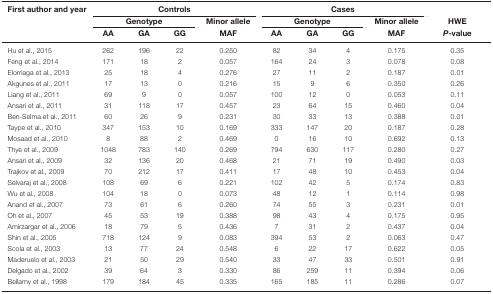
<table><thead><tr><td><b>First author and year</b></td><td colspan="4"><b>Controls</b></td><td colspan="4"><b>Cases</b></td><td></td></tr><tr><td></td><td colspan="3"><b>Genotype</b></td><td><b>Minor allele</b></td><td colspan="3"><b>Genotype</b></td><td><b>Minor allele</b></td><td><b>HWE</b></td></tr><tr><td></td><td><b>AA</b></td><td><b>GA</b></td><td><b>GG</b></td><td><b>MAF</b></td><td><b>AA</b></td><td><b>GA</b></td><td><b>GG</b></td><td><b>MAF</b></td><td><b><i>P</i>-value</b></td></tr></thead><tbody><tr><td>Hu et al., 2015</td><td>262</td><td>196</td><td>22</td><td>0.250</td><td>82</td><td>34</td><td>4</td><td>0.175</td><td>0.35</td></tr><tr><td>Feng et al., 2014</td><td>171</td><td>18</td><td>2</td><td>0.057</td><td>164</td><td>24</td><td>3</td><td>0.078</td><td>0.08</td></tr><tr><td>Elorriaga et al., 2013</td><td>25</td><td>18</td><td>4</td><td>0.276</td><td>27</td><td>11</td><td>2</td><td>0.187</td><td>0.01</td></tr><tr><td>Akgunes et al., 2011</td><td>17</td><td>13</td><td>0</td><td>0.216</td><td>15</td><td>9</td><td>6</td><td>0.350</td><td>0.26</td></tr><tr><td>Liang et al., 2011</td><td>69</td><td>9</td><td>0</td><td>0.057</td><td>100</td><td>12</td><td>0</td><td>0.053</td><td>0.11</td></tr><tr><td>Ansari et al., 2011</td><td>31</td><td>118</td><td>17</td><td>0.457</td><td>23</td><td>64</td><td>15</td><td>0.460</td><td>0.04</td></tr><tr><td>Ben-Selma et al., 2011</td><td>60</td><td>26</td><td>9</td><td>0.231</td><td>30</td><td>33</td><td>13</td><td>0.388</td><td>0.01</td></tr><tr><td>Taype et al., 2010</td><td>347</td><td>153</td><td>10</td><td>0.169</td><td>333</td><td>147</td><td>20</td><td>0.187</td><td>0.28</td></tr><tr><td>Mosaad et al., 2010</td><td>8</td><td>88</td><td>2</td><td>0.469</td><td>0</td><td>16</td><td>10</td><td>0.692</td><td>0.13</td></tr><tr><td>Thye et al., 2009</td><td>1048</td><td>783</td><td>140</td><td>0.269</td><td>794</td><td>630</td><td>117</td><td>0.280</td><td>0.27</td></tr><tr><td>Ansari et al., 2009</td><td>32</td><td>136</td><td>20</td><td>0.468</td><td>21</td><td>71</td><td>19</td><td>0.490</td><td>0.03</td></tr><tr><td>Trajkov et al., 2009</td><td>70</td><td>212</td><td>17</td><td>0.411</td><td>17</td><td>48</td><td>10</td><td>0.453</td><td>0.04</td></tr><tr><td>Selvaraj et al., 2008</td><td>108</td><td>69</td><td>6</td><td>0.221</td><td>102</td><td>42</td><td>5</td><td>0.174</td><td>0.83</td></tr><tr><td>Wu et al., 2008</td><td>104</td><td>18</td><td>0</td><td>0.073</td><td>48</td><td>12</td><td>1</td><td>0.114</td><td>0.98</td></tr><tr><td>Anand et al., 2007</td><td>73</td><td>61</td><td>6</td><td>0.260</td><td>74</td><td>55</td><td>3</td><td>0.231</td><td>0.01</td></tr><tr><td>Oh et al., 2007</td><td>45</td><td>53</td><td>19</td><td>0.388</td><td>98</td><td>43</td><td>4</td><td>0.175</td><td>0.95</td></tr><tr><td>Amirzargar et al., 2006</td><td>18</td><td>79</td><td>5</td><td>0.436</td><td>7</td><td>31</td><td>2</td><td>0.437</td><td>0.04</td></tr><tr><td>Shin et al., 2005</td><td>718</td><td>124</td><td>9</td><td>0.083</td><td>394</td><td>53</td><td>2</td><td>0.063</td><td>0.47</td></tr><tr><td>Scola et al., 2003</td><td>13</td><td>77</td><td>24</td><td>0.548</td><td>6</td><td>22</td><td>17</td><td>0.622</td><td>0.05</td></tr><tr><td>Maderuelo et al., 2003</td><td>21</td><td>50</td><td>29</td><td>0.540</td><td>33</td><td>47</td><td>33</td><td>0.501</td><td>0.91</td></tr><tr><td>Delgado et al., 2002</td><td>39</td><td>64</td><td>3</td><td>0.330</td><td>86</td><td>259</td><td>11</td><td>0.394</td><td>0.06</td></tr><tr><td>Bellamy et al., 1998</td><td>179</td><td>184</td><td>45</td><td>0.335</td><td>165</td><td>185</td><td>11</td><td>0.286</td><td>0.07</td></tr></tbody></table>